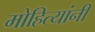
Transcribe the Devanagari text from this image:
मोहित्यांनी